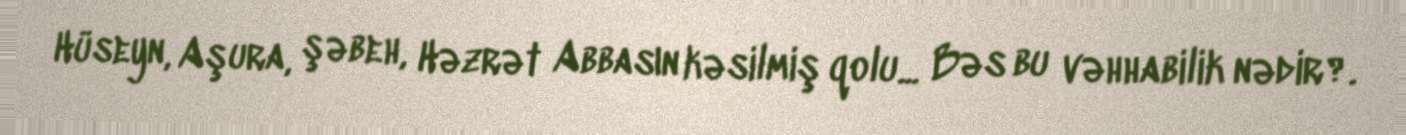
Hüseyn, Aşura, şəbeh, Həzrət Abbasın kəsilmiş qolu... Bəs bu vəhhabilik nədir?.